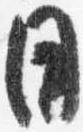
日